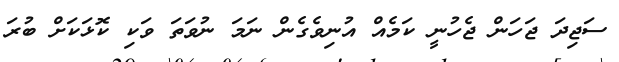
ސަޖިދަ ޖަހަން ޖެހުނީ ކަމެއް އުނިވެގެން ނަމަ ނުވަތަ ވަކި ކޮޅަކަށް ބުރަ